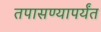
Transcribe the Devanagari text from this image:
तपासण्यापर्यंत